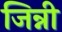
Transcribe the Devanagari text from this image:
जिन्नी